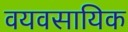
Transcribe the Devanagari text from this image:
वयवसायिक